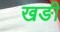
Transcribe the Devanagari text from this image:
खङी